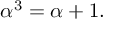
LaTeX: \alpha ^ { 3 } = \alpha + 1 .